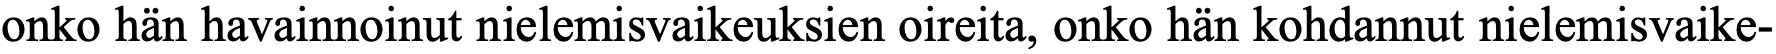
onko hän havainnoinut nielemisvaikeuksien oireita, onko hän kohdannut nielemisvaike-